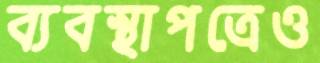
ব্যবস্থাপত্রেও